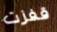
قفزت